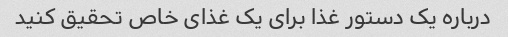
درباره یک دستور غذا برای یک غذای خاص تحقیق کنید